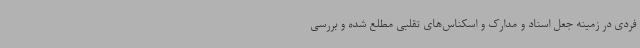
فردی در زمینه جعل اسناد و مدارک و اسکناس‌های تقلبی مطلع شده و بررسی